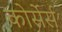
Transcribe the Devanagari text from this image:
कोर्सेर्स